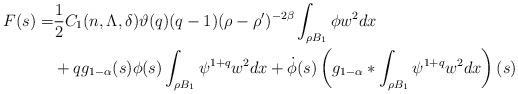
LaTeX: \begin{align*}F(s) = & \frac{1}{2}C_{1}(n,\Lambda,\delta)\vartheta(q)(q-1)(\rho-\rho')^{-2\beta}\int_{\rho B_{1}}\phi w^{2}dx \\& + q g_{1-\alpha}(s)\phi(s)\int_{\rho B_{1}}\psi^{1+q}w^{2}dx+ \dot{\phi}(s)\left(g_{1-\alpha}*\int_{\rho B_{1}}\psi^{1+q}w^{2}dx\right)(s)\end{align*}